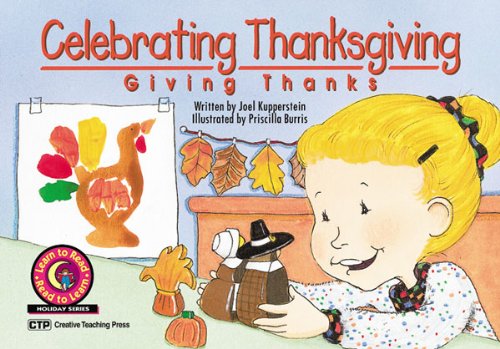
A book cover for Celebrating Thanksgiving: Giving Thanks Learn to Read Holiday Reader; Joel Kupperstein; Politics & Social Sciences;